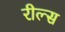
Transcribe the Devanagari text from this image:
रील्स